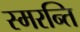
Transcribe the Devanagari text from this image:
स्मरन्ति